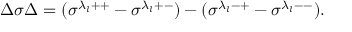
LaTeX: \Delta \sigma \Delta = ( \sigma ^ { \lambda _ { l } + + } - \sigma ^ { \lambda _ { l } + - } ) - ( \sigma ^ { \lambda _ { l } - + } - \sigma ^ { \lambda _ { l } -- } ) .